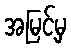
အမြင့်မှ